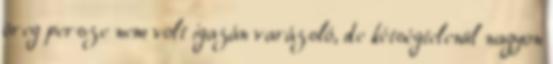
öreg persze nem volt igazán varázsló, de kétségtelenül nagyon